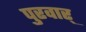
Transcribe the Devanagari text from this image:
पुरवार्